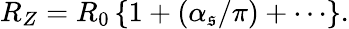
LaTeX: R_{Z}=R_{0}\left\{ 1+(\alpha_{\mathfrak{s}}/\pi)+\cdots\right\} .